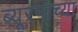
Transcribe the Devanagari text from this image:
ब्यूरनाच्या